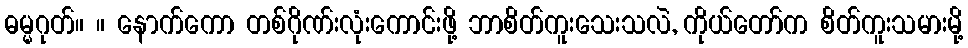
ဓမ္မဂုတ်။ ။ နောက်ကော တစ်ဂိုဏ်းလုံးကောင်းဖို့ ဘာစိတ်ကူးသေးသလဲ, ကိုယ်တော်က စိတ်ကူးသမားမို့